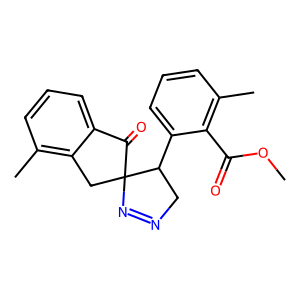
SMILES: COC(=O)c1c(C)cccc1C1CN=NC12Cc1c(C)cccc1C2=O
Inhibits HIV replication: Yes